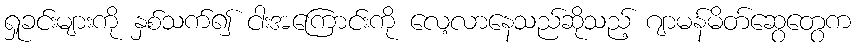
ရှုခင်းများကို နှစ်သက်၍ ငါးအကြောင်းကို လေ့လာနေသည်ဆိုသည့် ဂျာမန်မိတ်ဆွေတွေက